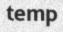
temp